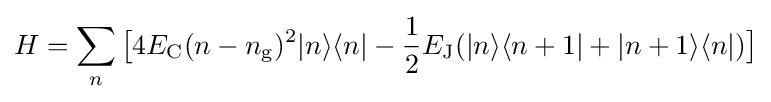
H=\sum _{n}{\big [}4E_{\rm {C}}(n-n_{\rm {g}})^{2}|n\rangle \langle n|-{\frac {1}{2}}E_{\rm {J}}(|n\rangle \langle n+1|+|n+1\rangle \langle n|){\big ]}